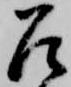
召